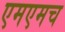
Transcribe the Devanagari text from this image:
एमएमच